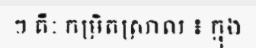
ៗ គឺៈ កម្រិតស្រាល ៖ ក្នុង